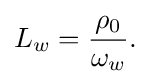
L_{w}={\frac {\rho _{0}}{\omega _{w}}}.\